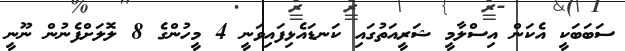
ސަބަބަކީ އެކަން އިސްލާމީ ޝަރީއަތުގައި ކަނޑައެޅިފައިވަނީ 4 މީހުންގެ 8 ލޮލަށްފެނުން ނޫނީ